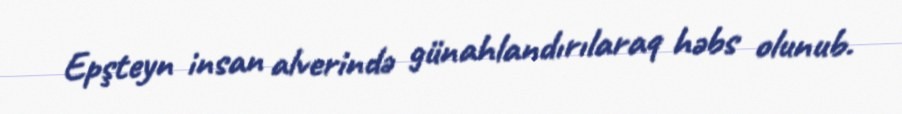
Epşteyn insan alverində günahlandırılaraq həbs olunub.